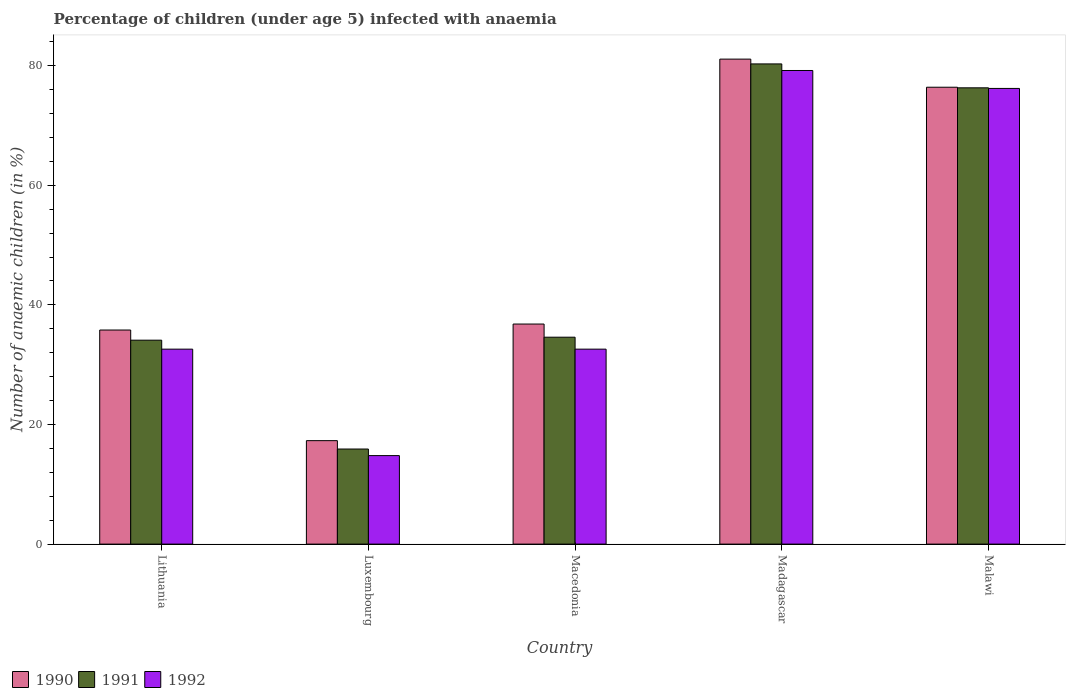
| Country | 1990 | 1991 | 1992 |
 | --- | --- | --- | --- |
 | Lithuania | 35.8 | 34.1 | 32.6 |
 | Luxembourg | 17.3 | 15.9 | 14.8 |
 | Macedonia | 36.8 | 34.6 | 32.6 |
 | Madagascar | 81.1 | 80.3 | 79.2 |
 | Malawi | 76.4 | 76.3 | 76.2 |